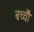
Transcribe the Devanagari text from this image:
बच्चोेैं